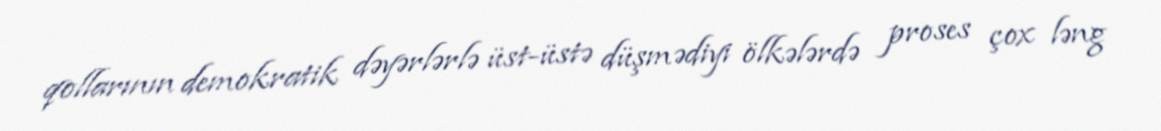
qollarının demokratik dəyərlərlə üst-üstə düşmədiyi ölkələrdə proses çox ləng